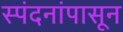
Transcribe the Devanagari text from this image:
स्पंदनांपासून